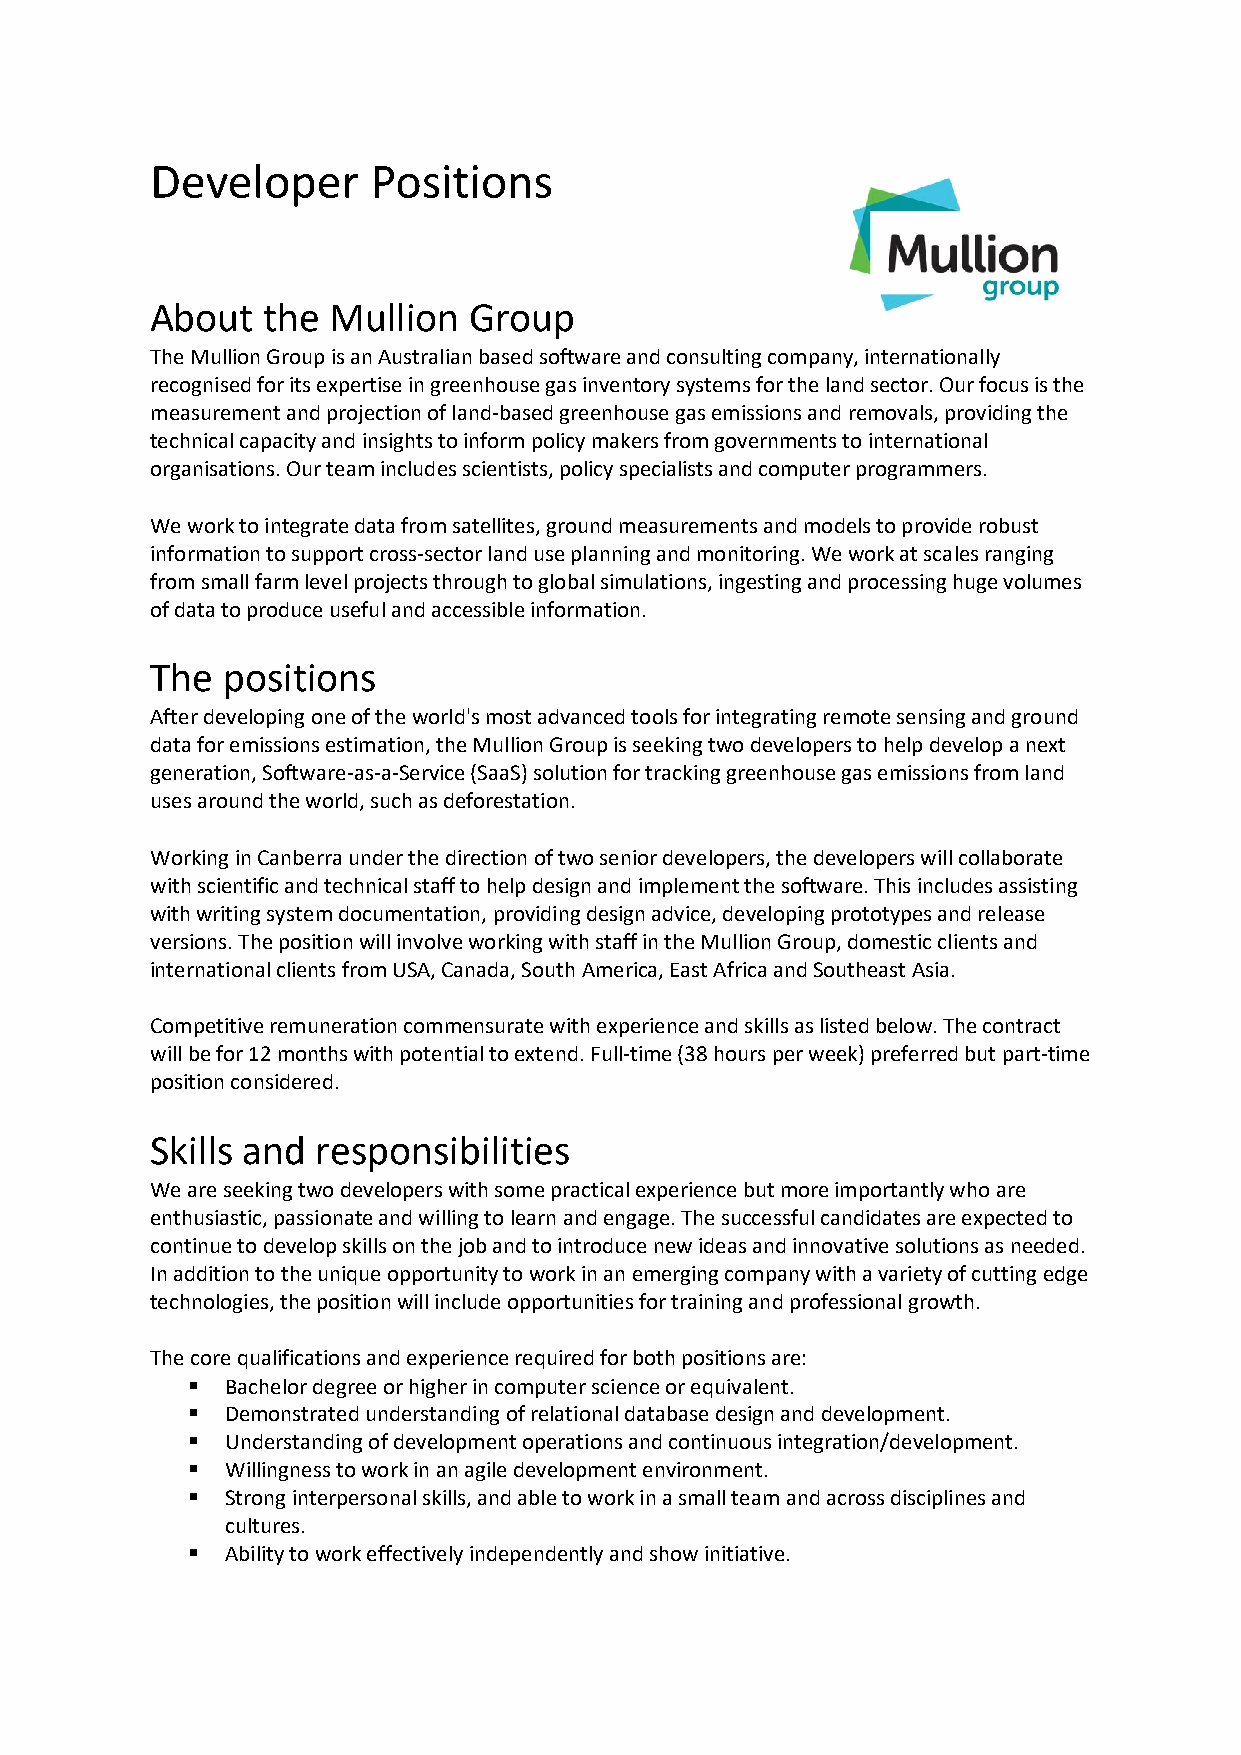
Developer      Positions
 About  the  Mullion  Group
 The Mullion Group is an Australian based software and consulting company, internationally
 recognised for its expertise in greenhouse gas inventory systems for the land sector. Our focus is the
 measurement and projection of land-based greenhouse gas emissions and removals, providing the
 technical capacity and insights to inform policy makers from governments to international
 organisations. Our team includes scientists, policy specialists and computer programmers.
 We work to integrate data from satellites, ground measurements and models to provide robust
 information to support cross-sector land use planning and monitoring. We work at scales ranging
 from small farm level projects through to global simulations, ingesting and processing huge volumes
 of data to produce useful and accessible information.
 The  positions
 After developing one of the world's most advanced tools for integrating remote sensing and ground
 data for emissions estimation, the Mullion Group is seeking two developers to help develop a next
 generation, Software-as-a-Service (SaaS) solution for tracking greenhouse gas emissions from land
 uses around the world, such as deforestation.
 Working in Canberra under the direction of two senior developers, the developers will collaborate
 with scientific and technical staff to help design and implement the software. This includes assisting
 with writing system documentation, providing design advice, developing prototypes and release
 versions. The position will involve working with staff in the Mullion Group, domestic clients and
 international clients from USA, Canada, South America, East Africa and Southeast Asia.
 Competitive remuneration commensurate with experience and skills as listed below. The contract
 will be for 12 months with potential to extend. Full-time (38 hours per week) preferred but part-time
 position considered.
 Skills and responsibilities
 We are seeking two developers with some practical experience but more importantly who are
 enthusiastic, passionate and willing to learn and engage. The successful candidates are expected to
 continue to develop skills on the job and to introduce new ideas and innovative solutions as needed.
 In addition to the unique opportunity to work in an emerging company with a variety of cutting edge
 technologies, the position will include opportunities for training and professional growth.
 The core qualifications and experience required for both positions are:
 ▪  Bachelor degree or higher in computer science or equivalent.
 ▪  Demonstrated understanding of relational database design and development.
 ▪  Understanding of development operations and continuous integration/development.
 ▪  Willingness to work in an agile development environment.
 ▪  Strong interpersonal skills, and able to work in a small team and across disciplines and
 cultures.
 ▪  Ability to work effectively independently and show initiative.